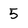
Character: 5